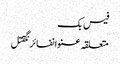
فیس بک
متعلقہ عنوانفائرنگقتل